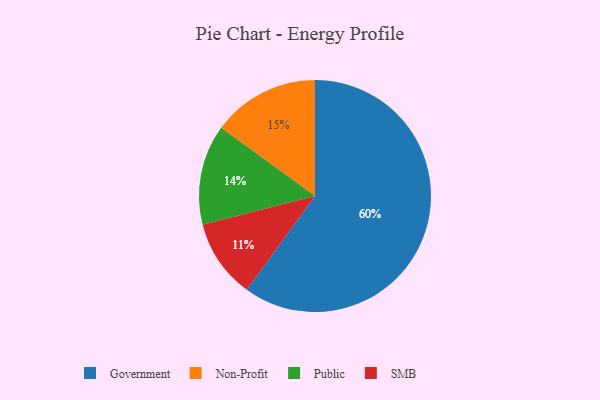
{"axis": {"x": "Category", "y": "Percentage"}, "legend": ["Government", "Non-Profit", "Public", "SMB"], "data": [{"x": "Government", "y": 60, "type": "Government"}, {"x": "Non-Profit", "y": 15, "type": "Non-Profit"}, {"x": "Public", "y": 14, "type": "Public"}, {"x": "SMB", "y": 11, "type": "SMB"}]}